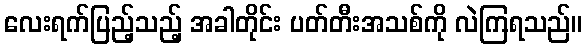
လေးရက်ပြည့်သည့် အခါတိုင်း ပတ်တီးအသစ်ကို လဲကြရသည်။